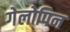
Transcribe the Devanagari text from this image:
गेलोपिन